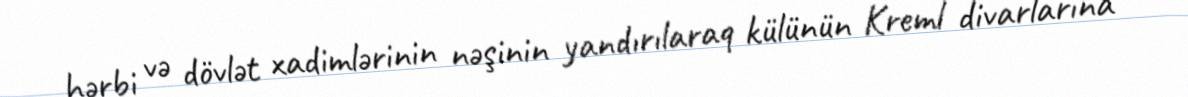
hərbi və dövlət xadimlərinin nəşinin yandırılaraq külünün Kreml divarlarına